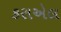
કરાએલ